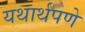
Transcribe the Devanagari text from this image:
यथार्थपणे